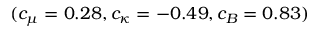
( c _ { \mu } = 0 . 2 8 , c _ { \kappa } = - 0 . 4 9 , c _ { B } = 0 . 8 3 )